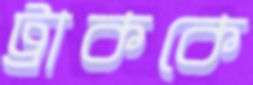
ট্রাককে